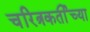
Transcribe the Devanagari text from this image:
चरित्रकर्तीच्या